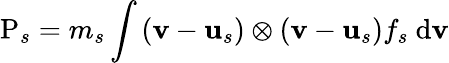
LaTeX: \mathrm{P}_{s}=m_{s}\int\left(\mathbf{v}-\mathbf{u}_{s}\right)\otimes\left(\mathbf{v}-\mathbf{u}_{s}\right)f_{s}\mathrm{~d}\mathbf{v}